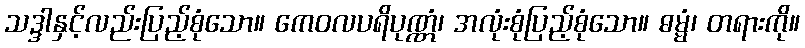
သဒ္ဒါနှင့်လည်းပြည့်စုံသော။ ကေဝလပရိပုဏ္ဏံ၊ အလုံးစုံပြည့်စုံသော။ ဓမ္မံ၊ တရားကို။